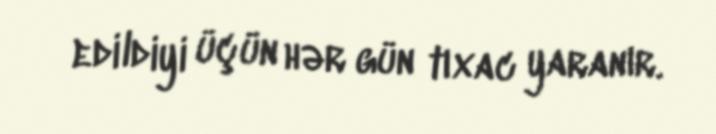
edildiyi üçün hər gün tıxac yaranır.